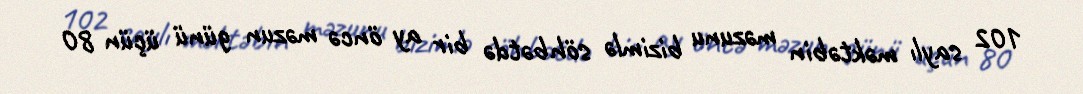
102 saylı məktəbin məzunu bizimlə söhbətdə bir ay öncə məzun günü üçün 80